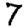
Digit: 7